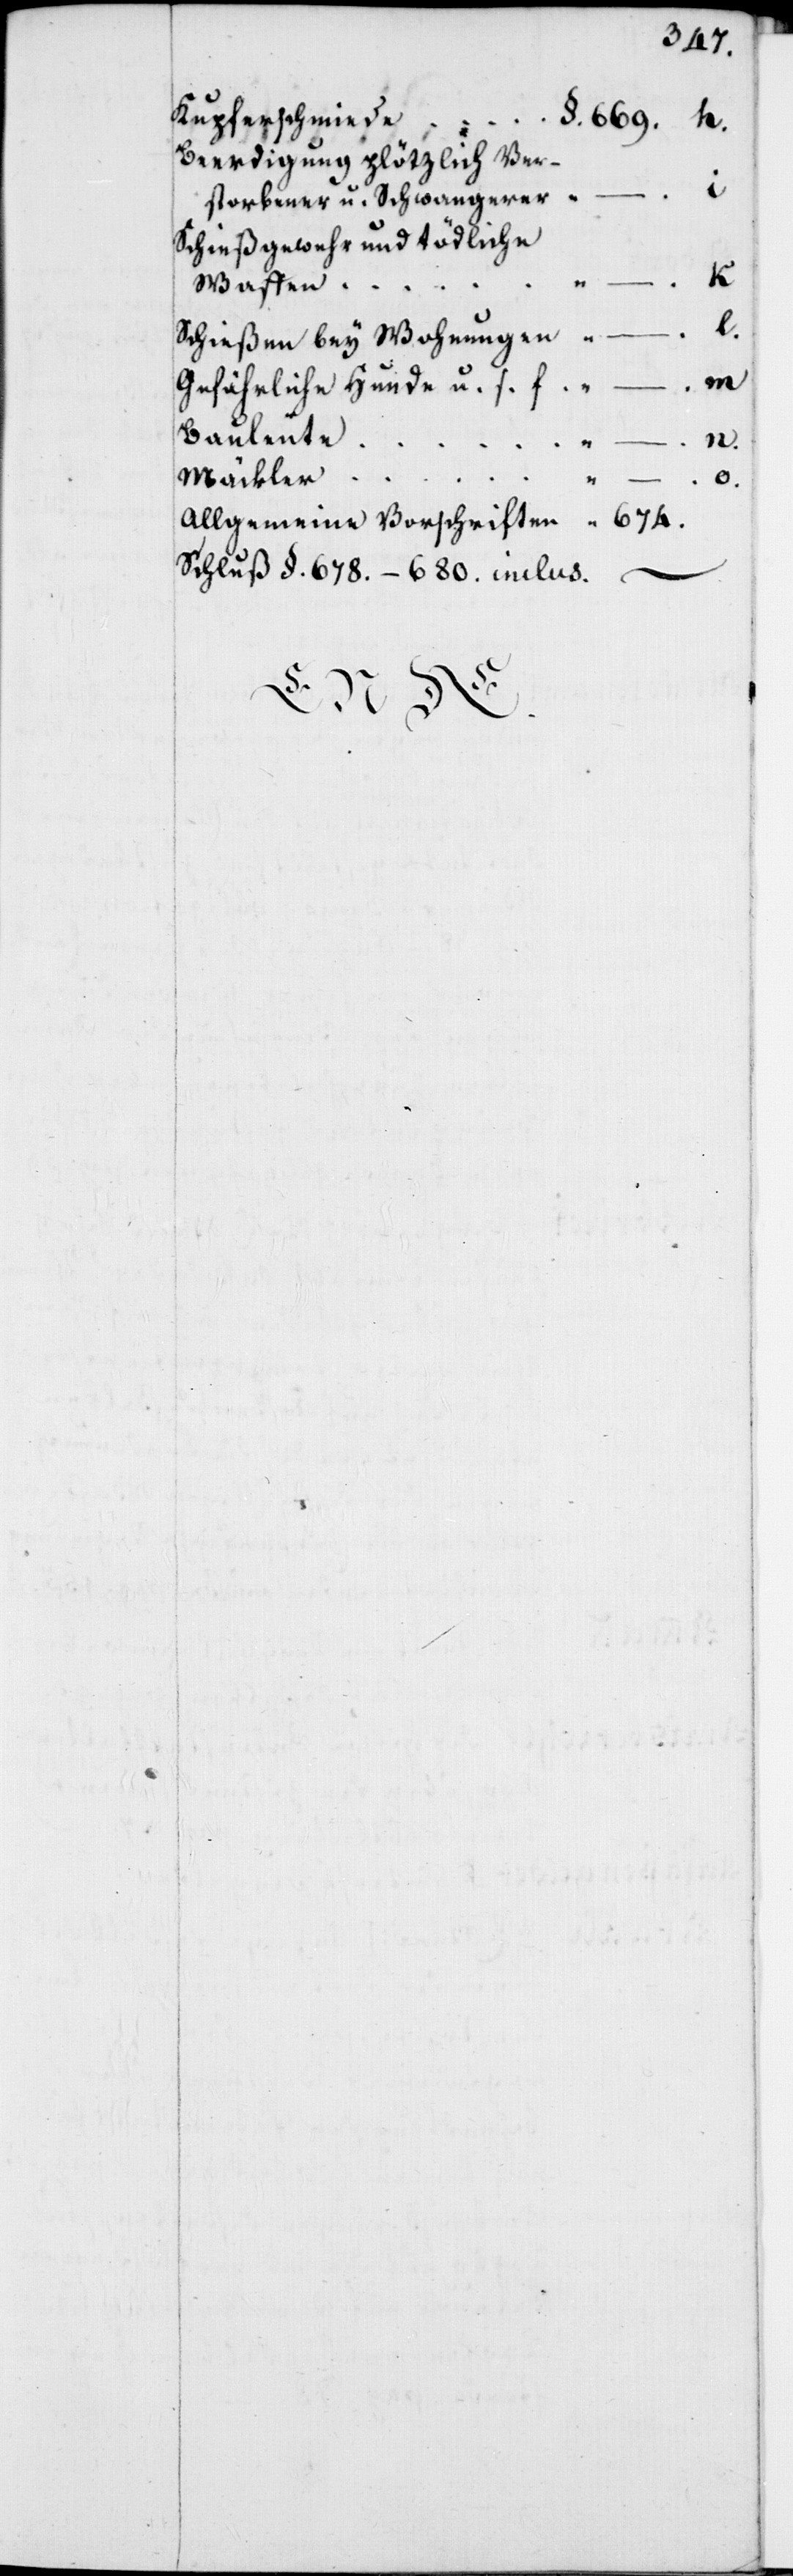
Kupferschmiede “ 669. h.
Beerdigung plötzlich Ver¬
storbener u. Schwangerer “
Schießgewehr und tödliche
Waffen “
Schießen bey Wohnungen “ “ l.
Gefährliche Hunde u. s. f. “
Bauleute “ “
n.
Mäckler “ “ o.
Allgemeine Vorschriften “ 674.
Schluß §. 678–680. inclus. –
ENDE.